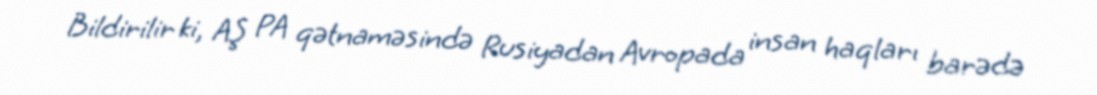
Bildirilir ki, AŞ PA qətnaməsində Rusiyadan Avropada insan haqları barədə